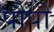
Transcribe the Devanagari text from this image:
पौपौ